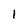
Character: 1